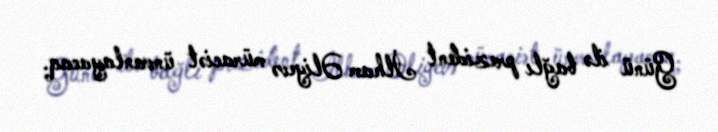
Günü ilə bağlı prezident İlham Əliyevə müraciət ünvanlayacaq.